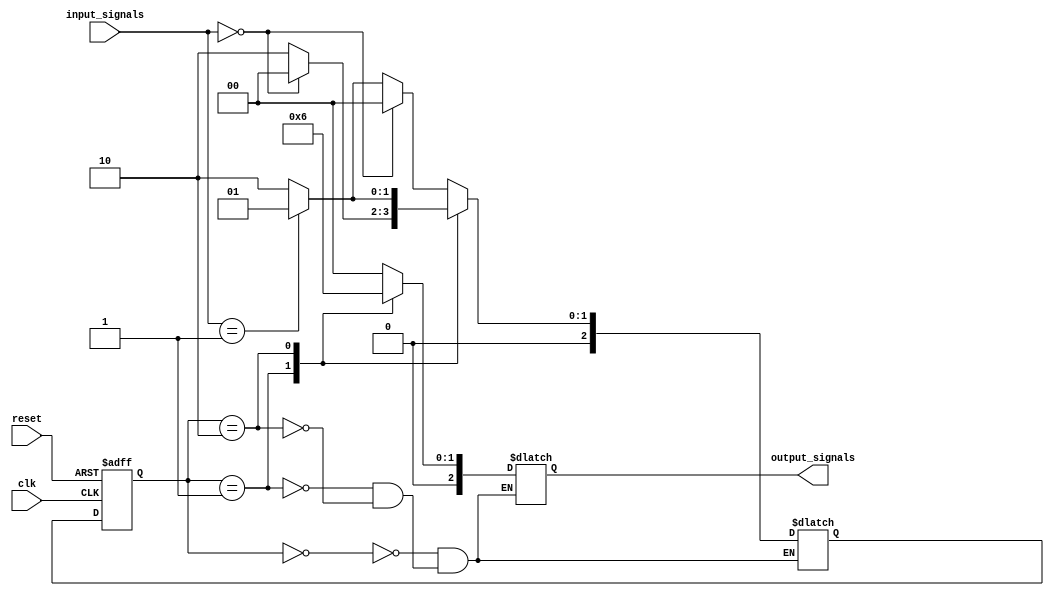
module Reduced_State_Encoding(
    input wire clk,
    input wire reset,
    input wire [1:0] input_signals,
    output wire [2:0] output_signals
);

// State encoding using binary encoding
parameter STATE_A = 3'b000;
parameter STATE_B = 3'b001;
parameter STATE_C = 3'b010;

// State register and next state logic
reg [2:0] state, next_state;

always @(posedge clk or posedge reset) begin
    if (reset) begin
        state <= STATE_A;
    end else begin
        state <= next_state;
    end
end

// Transition logic
always @* begin
    case(state)
        STATE_A: begin
            if (input_signals == 2'b00) begin
                next_state = STATE_A;
            end else if (input_signals == 2'b01) begin
                next_state = STATE_B;
            end else begin
                next_state = STATE_C;
            end
        end
        STATE_B: begin
            if (input_signals == 2'b00) begin
                next_state = STATE_A;
            end else begin
                next_state = STATE_C;
            end
        end
        STATE_C: begin
            if (input_signals == 2'b01) begin
                next_state = STATE_B;
            end else begin
                next_state = STATE_C;
            end
        end
    endcase
end

// Output signals based on current state
always @* begin
    case(state)
        STATE_A: begin
            output_signals = 3'b000;
        end
        STATE_B: begin
            output_signals = 3'b001;
        end
        STATE_C: begin
            output_signals = 3'b010;
        end
    endcase
end

endmodule